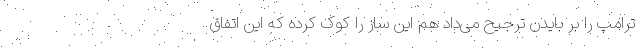
ترامپ را بر بایدن ترجیح می‌داد هم این ساز را کوک کرده که این اتفاق